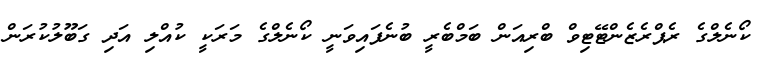
ކޯނެލްގެ ރެޕްރެޒެންޓޭޓިވް ބްރިއަން ބަމްބެރީ ބުނެފައިވަނީ ކޯނެލްގެ މަރަކީ ކުއްލި އަދި ގަބޫލުކުރަން